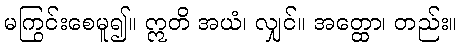
မကြွင်းစေမူ၍။ ဣတိ အယံ၊ လျှင်။ အတ္ထော၊ တည်း။